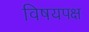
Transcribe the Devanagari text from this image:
विषयपक्ष